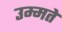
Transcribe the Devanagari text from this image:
उम्मते